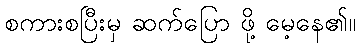
စကားစပြီးမှ ဆက်ပြော ဖို့ မေ့နေ၏။